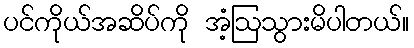
ပင်ကိုယ်အဆိပ်ကို အံ့ဩသွားမိပါတယ်။